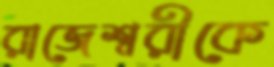
রাজেশ্বরীকে